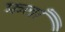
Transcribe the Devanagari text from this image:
फ़लाँ